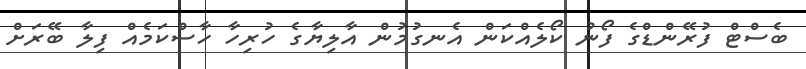
ބެސްޓް ފުރޭންޑްގެ ފޯނު ކޯލެއްކަން އެނގުމުން އާލިޔާގެ ހުރިހާ ހާސްކަމެއް ފިލާ ބޭރަށް